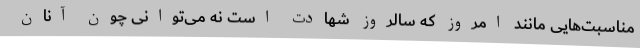
مناسبت‌هایی مانند امروز که سالروز شهادت است نه می‌توانی چون آنان